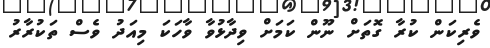
ވެރިކަން ކުރާ ގޮތަށް ނޫން ކަމަށް ވިދާޅުވާ ވާހަކަ މިއަދު ވެސް ތަކުރާރު